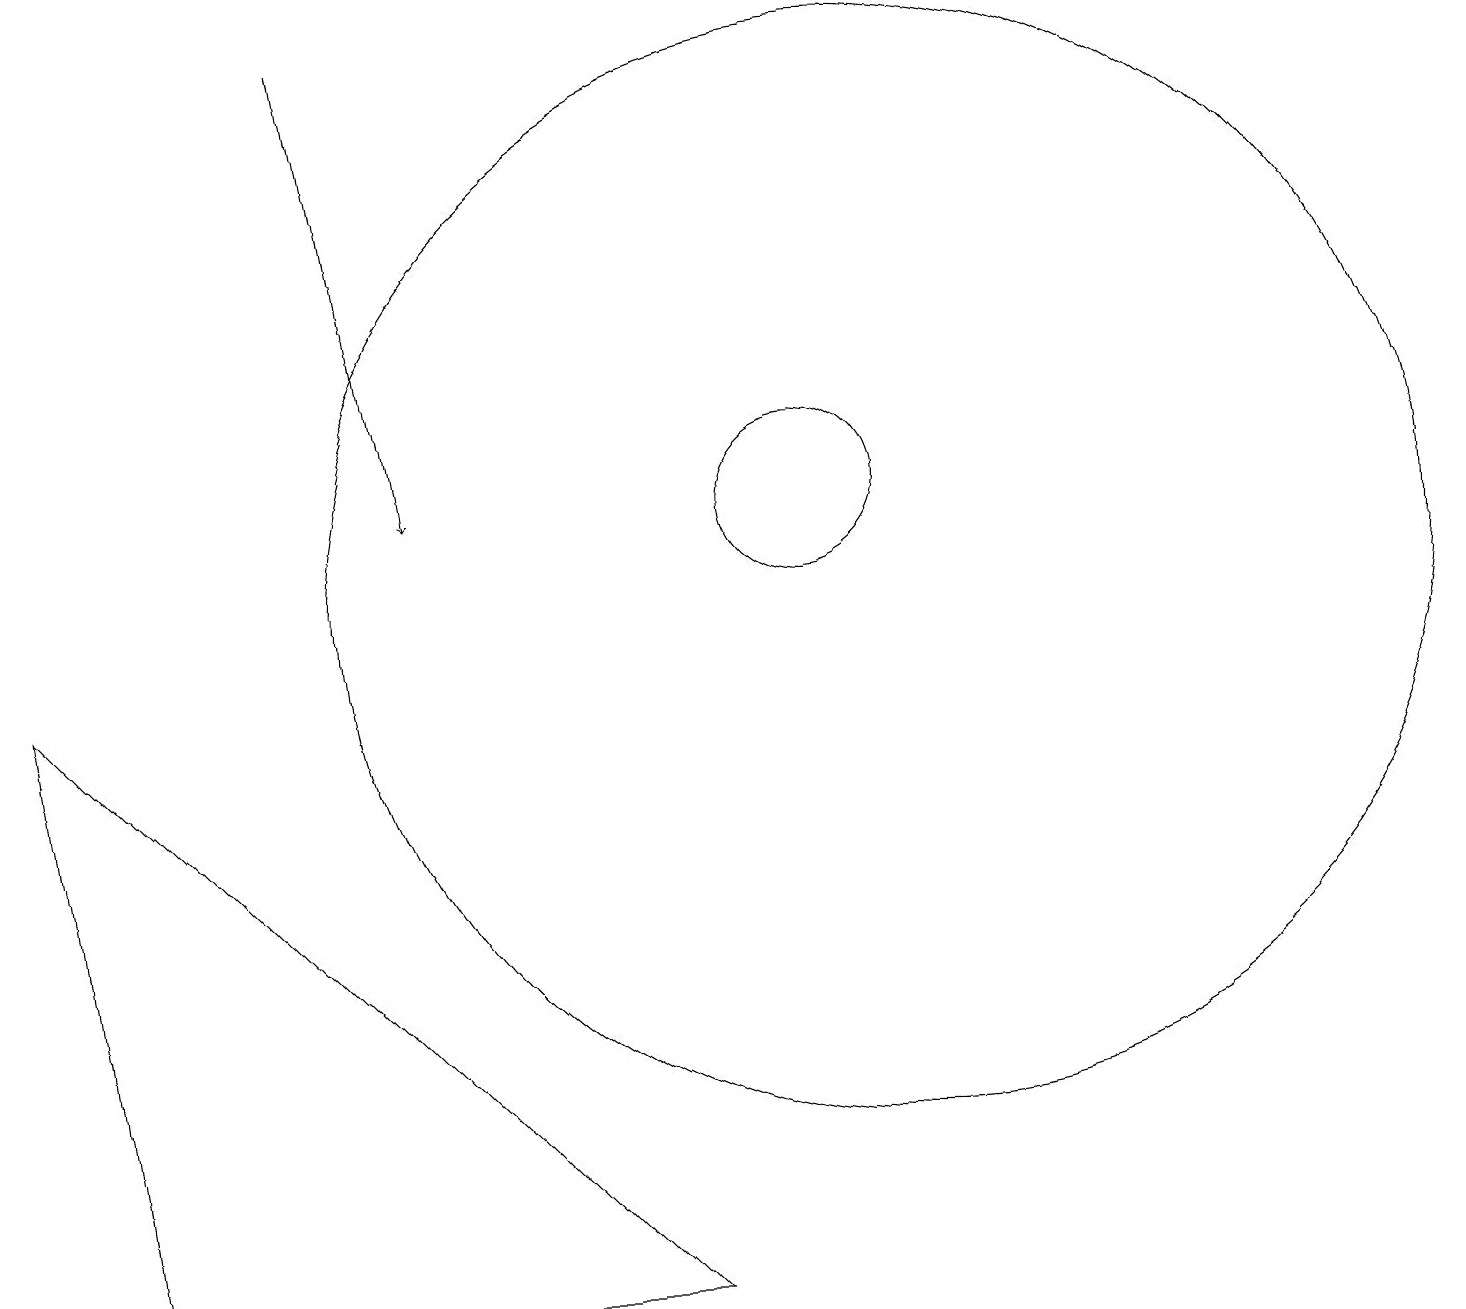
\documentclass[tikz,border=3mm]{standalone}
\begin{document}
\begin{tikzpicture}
\draw[->] (4,17) -- (5,11);
\draw (10,11) circle (1);
\draw (11,10) circle (7);
\draw (1,1) -- (8,1) -- (0,9) -- cycle;
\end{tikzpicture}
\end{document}